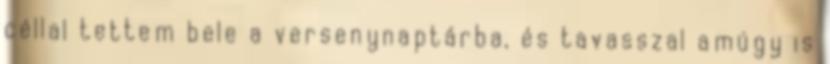
céllal tettem bele a versenynaptárba, és tavasszal amúgy is